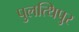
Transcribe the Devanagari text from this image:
पुलत्थिपुर